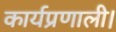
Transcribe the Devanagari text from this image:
कार्यप्रणाली।